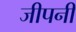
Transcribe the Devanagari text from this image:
जीपनी